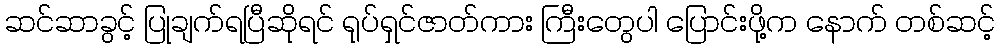
ဆင်ဆာခွင့် ပြုချက်ရပြီဆိုရင် ရုပ်ရှင်ဇာတ်ကား ကြီးတွေပါ ပြောင်းဖို့က နောက် တစ်ဆင့်